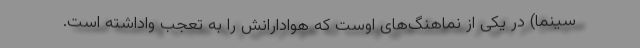
سینما) در یکی از نماهنگ‌های اوست که هوادارانش را به تعجب واداشته است.